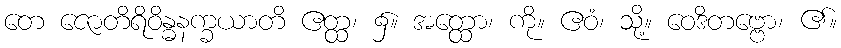
တေ ဇောတိရိဝိန္ဓနက္ခယာတိ ဧတ္ထ၊ ၌။ အတ္ထော၊ ကို။ ဧဝံ၊ သို့။ ဝေဒိတဗ္ဗော၊ ၏။